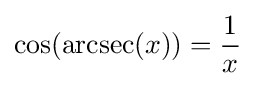
\cos(\operatorname {arcsec} (x))={\frac {1}{x}}